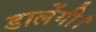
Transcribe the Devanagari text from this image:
डालेंगी।